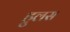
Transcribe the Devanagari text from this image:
हुलस